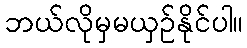
ဘယ်လိုမှမယှဉ်နိုင်ပါ။